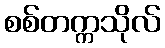
စစ်တက္ကသိုလ်